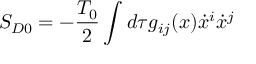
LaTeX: S _ { D 0 } = - \frac { T _ { 0 } } { 2 } \int d \tau g _ { i j } ( x ) \dot { x } ^ { i } \dot { x } ^ { j }